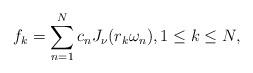
LaTeX: \begin{align*} f_k = \sum_{n=1}^N c_{n} J_{\nu}( r_k \omega_n ), 1\leq k\leq N,\end{align*}